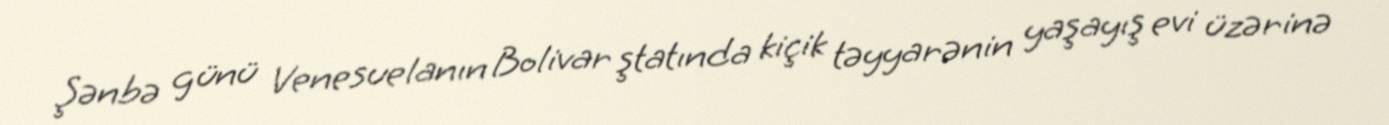
Şənbə günü Venesuelanın Bolivar ştatında kiçik təyyarənin yaşayış evi üzərinə